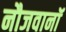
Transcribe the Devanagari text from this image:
नौजवानॉ